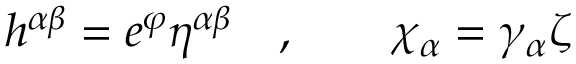
h ^ { \alpha \beta } = e ^ { \varphi } \eta ^ { \alpha \beta } \quad , \qquad \chi _ { \alpha } = \gamma _ { \alpha } \zeta